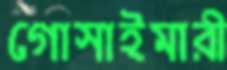
গোসাইমারী